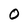
Character: 0